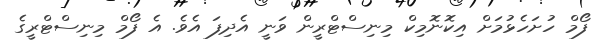
ފޯމް ހުށަހެޅުމަށް އިކޮނޮމިކް މިނިސްޓްރީން ވަނީ އެދިފަ އެވެ. އެ ފޯމް މިނިސްޓްރީގެ